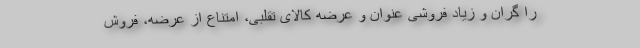
را گران و زیاد فروشی عنوان و عرضه کالای تقلبی، امتناع از عرضه، فروش